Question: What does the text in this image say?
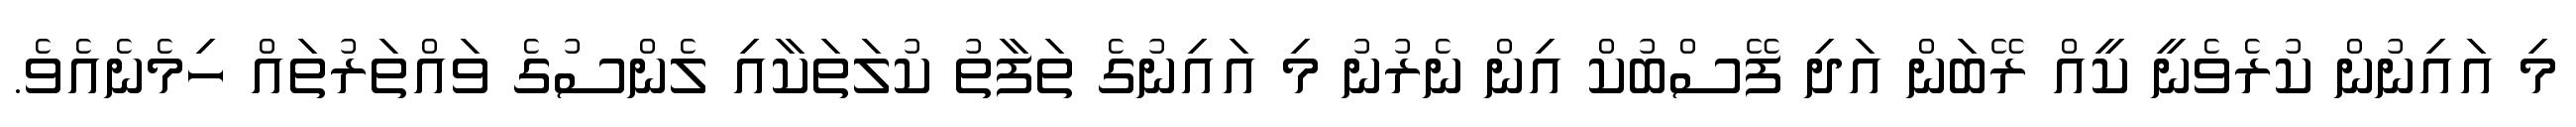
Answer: މި އައިނުން ކުރެވެނީ ކީއް ރޭބަން އަދި ފޭސްބުކް އިން ނެރުނު މި އައިނުގެ ތަފާތު ކުލަތަކާއި ލެންސުގެ ވައްތަރުތައް ހިމެނެއެވެ.